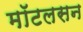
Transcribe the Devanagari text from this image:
मॉटलसन